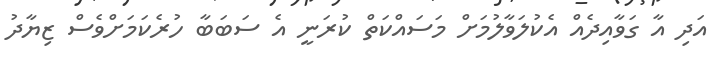
އަދި އާ ގަވާއިދެއް އެކުލަވާލުމަށް މަސައްކަތް ކުރަނީ އެ ސަބަބާ ހުރެކަމަށްވެސް ޒިޔާދު